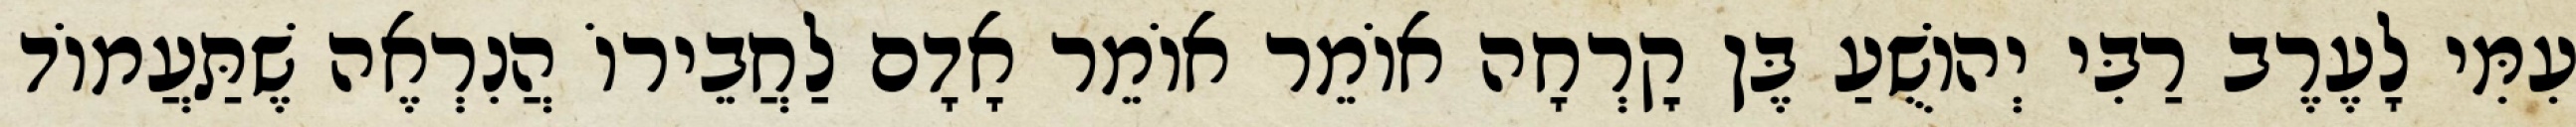
עִמִּי לָעֶרֶב רַבִּי יְהוֹשֻׁעַ בֶּן קׇרְחָה אוֹמֵר אוֹמֵר אָדָם לַחֲבֵירוֹ הֲנִרְאֶה שֶׁתַּעֲמוֹד